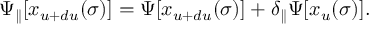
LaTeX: \Psi _ { \parallel } [ x _ { u + d u } ( \sigma ) ] = \Psi [ x _ { u + d u } ( \sigma ) ] + \delta _ { \parallel } \Psi [ x _ { u } ( \sigma ) ] .